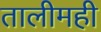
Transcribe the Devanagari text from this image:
तालीमही